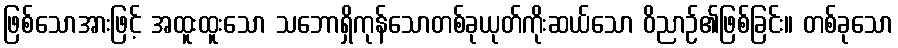
ဖြစ်သောအားဖြင့် အထူးထူးသော သဘောရှိကုန်သောတစ်ခုယုတ်ကိုးဆယ်သော ဝိညာဉ်၏ဖြစ်ခြင်း။ တစ်ခုသော